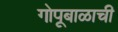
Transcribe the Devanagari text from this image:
गोपूबाळाची